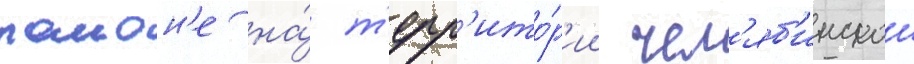
раион'е на́ т'ерр'ито́р'ии чел'яб'инскои